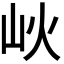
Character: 𡵼